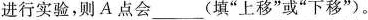
进行实验，则A点会___(填”上移”或”下移”)。